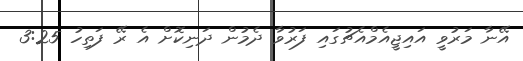
އޭނާ މަރުވީ އައިޖީއެމްއެޗުގައި ފަރުވާ ދެމުން ދަނިކޮށް އެ ރޭ ފަތިހު 3:25